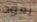
يعود